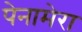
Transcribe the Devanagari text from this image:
पेनामेरा